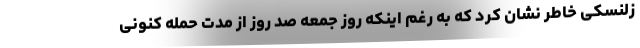
زلنسکی خاطر نشان کرد که به رغم اینکه روز جمعه صد روز از مدت حمله کنونی